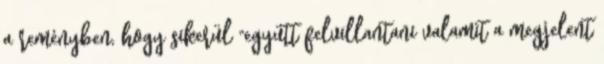
a reményben, hogy sikerül "együtt felvillantani valamit a megjelent